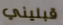
قبليني